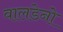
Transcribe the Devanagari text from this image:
वालडेनो